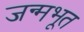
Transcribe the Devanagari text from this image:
जन्मभूत